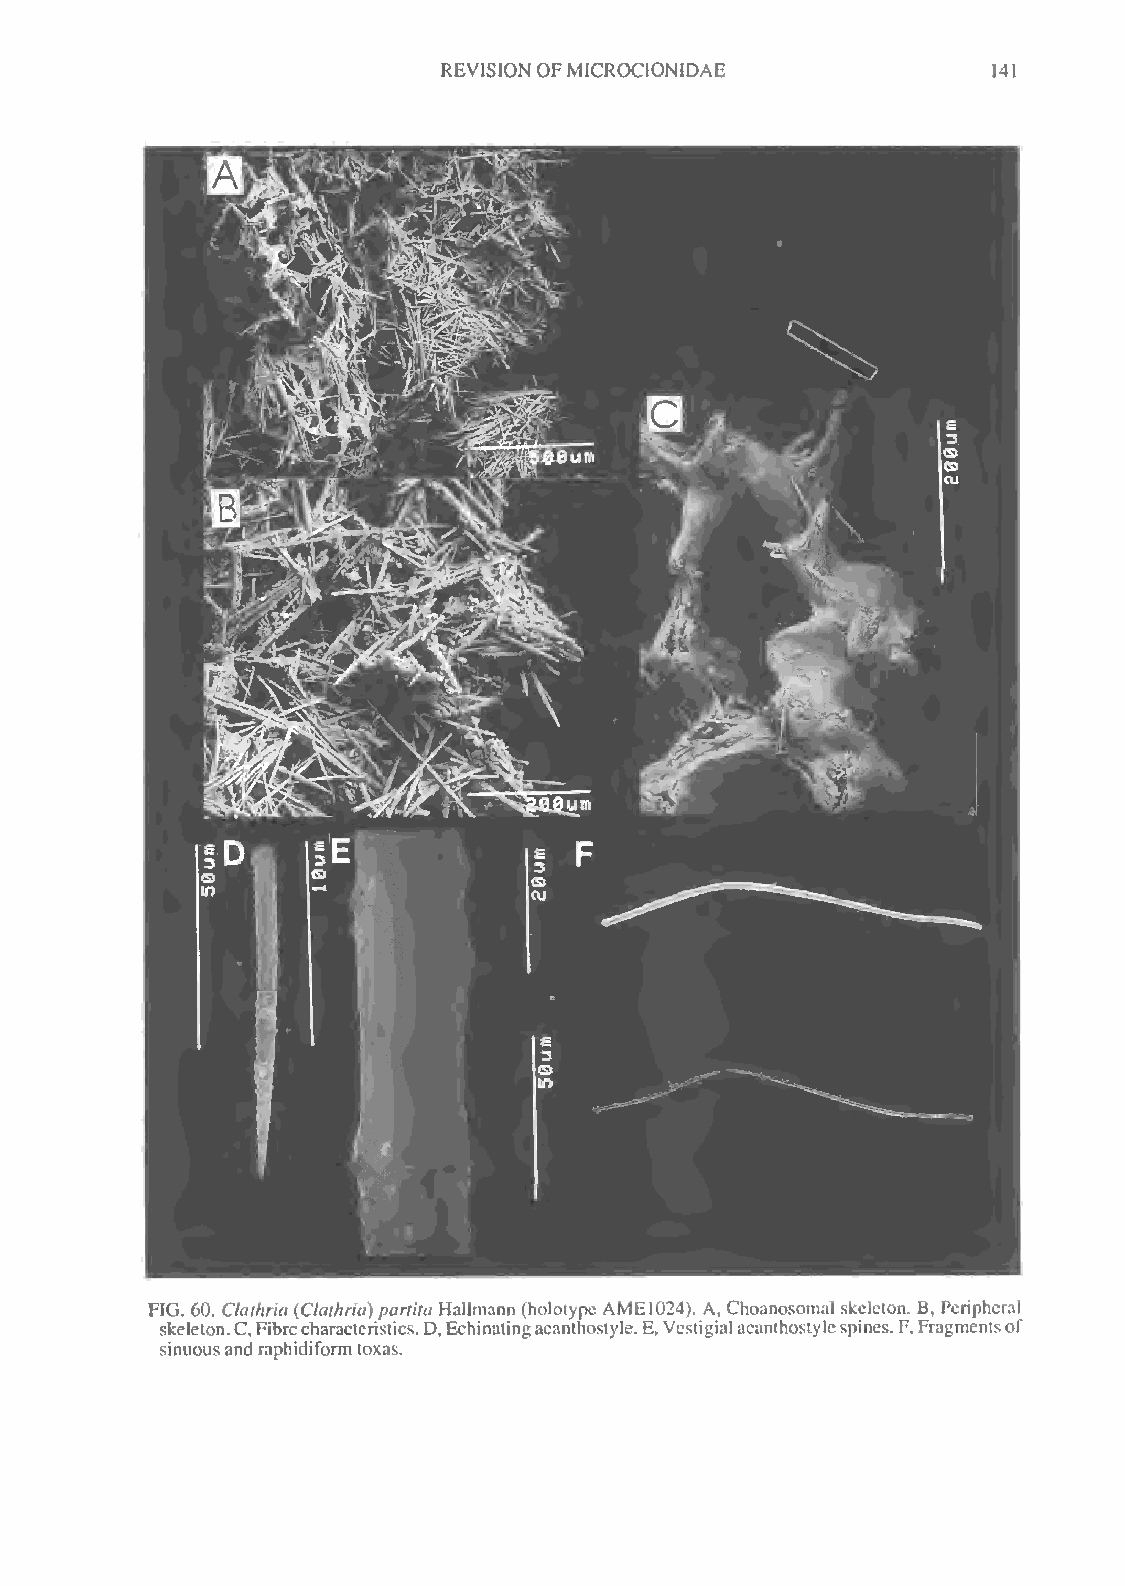
REVISIONOFMICROCIONIDAE              141
 FIG. 60. Clathria (Clathria)partita Hallmann (holotype AME1024). A, Choanosomal skeleton. B, Peripheral
 skeleton.C,Fibrecharacteristics.D,Echinatingacanthostyle.E,Vestigialacanthostylespines. F,Fragmentsof
 sinuousand raphidiformtoxas.